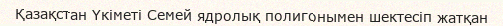
Қазақстан Үкіметі Семей ядролық полигонымен шектесіп жатқан